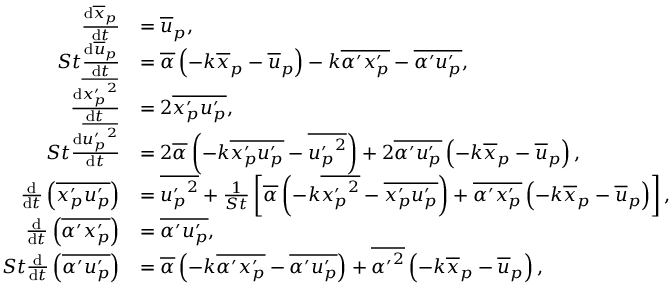
\begin{array} { r l } { \frac { \mathrm { d } \overline { { x } } _ { p } } { \mathrm { d } t } } & { = \overline { { u } } _ { p } , } \\ { S t \frac { \mathrm { d } \overline { { u } } _ { p } } { \mathrm { d } t } } & { = \overline { { \alpha } } \left( - k \overline { { x } } _ { p } - \overline { { u } } _ { p } \right) - k \overline { { \alpha ^ { \prime } x _ { p } ^ { \prime } } } - \overline { { \alpha ^ { \prime } u _ { p } ^ { \prime } } } , } \\ { \frac { \mathrm { d } \overline { { { x _ { p } ^ { \prime } } ^ { 2 } } } } { \mathrm { d } t } } & { = 2 \overline { { x _ { p } ^ { \prime } u _ { p } ^ { \prime } } } , } \\ { S t \frac { \mathrm { d } \overline { { { u _ { p } ^ { \prime } } ^ { 2 } } } } { \mathrm { d } t } } & { = 2 \overline { { \alpha } } \left( - k \overline { { x _ { p } ^ { \prime } u _ { p } ^ { \prime } } } - \overline { { { u _ { p } ^ { \prime } } ^ { 2 } } } \right) + 2 \overline { { \alpha ^ { \prime } u _ { p } ^ { \prime } } } \left( - k \overline { { x } } _ { p } - \overline { { u } } _ { p } \right) , } \\ { \frac { \mathrm { d } } { \mathrm { d } t } \left( \overline { { x _ { p } ^ { \prime } u _ { p } ^ { \prime } } } \right) } & { = \overline { { { u _ { p } ^ { \prime } } ^ { 2 } } } + \frac { 1 } { S t } \left[ \overline { { \alpha } } \left( - k \overline { { { x _ { p } ^ { \prime } } ^ { 2 } } } - \overline { { x _ { p } ^ { \prime } u _ { p } ^ { \prime } } } \right) + \overline { { \alpha ^ { \prime } x _ { p } ^ { \prime } } } \left( - k \overline { { x } } _ { p } - \overline { { u } } _ { p } \right) \right] , } \\ { \frac { \mathrm { d } } { \mathrm { d } t } \left( \overline { { \alpha ^ { \prime } x _ { p } ^ { \prime } } } \right) } & { = \overline { { \alpha ^ { \prime } u _ { p } ^ { \prime } } } , } \\ { S t \frac { \mathrm { d } } { \mathrm { d } t } \left( \overline { { \alpha ^ { \prime } u _ { p } ^ { \prime } } } \right) } & { = \overline { { \alpha } } \left( - k \overline { { \alpha ^ { \prime } x _ { p } ^ { \prime } } } - \overline { { \alpha ^ { \prime } u _ { p } ^ { \prime } } } \right) + \overline { { { \alpha ^ { \prime } } ^ { 2 } } } \left( - k \overline { { x } } _ { p } - \overline { { u } } _ { p } \right) , } \end{array}